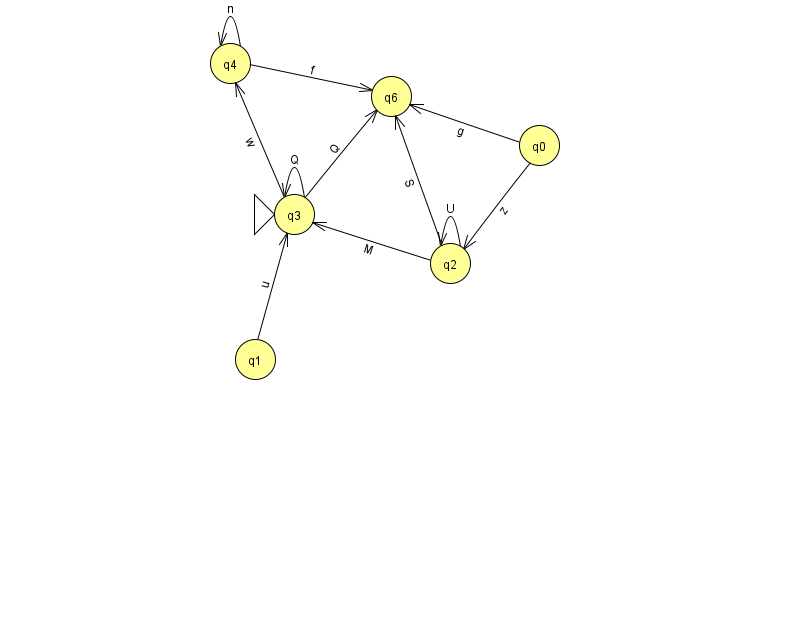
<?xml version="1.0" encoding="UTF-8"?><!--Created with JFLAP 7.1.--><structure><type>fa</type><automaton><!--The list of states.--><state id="0" name="q0"><x>539.0</x><y>132.0</y></state><state id="1" name="q1"><x>255.0</x><y>346.0</y></state><state id="2" name="q2"><x>450.0</x><y>250.0</y></state><state id="3" name="q3"><x>294.0</x><y>201.0</y><initial/></state><state id="4" name="q4"><x>230.0</x><y>50.0</y></state><state id="6" name="q6"><x>391.0</x><y>83.0</y></state><!--The list of transitions.--><transition><from>2</from><to>6</to><read>S</read></transition><transition><from>3</from><to>4</to><read>w</read></transition><transition><from>3</from><to>3</to><read>Q</read></transition><transition><from>2</from><to>3</to><read>M</read></transition><transition><from>0</from><to>6</to><read>g</read></transition><transition><from>2</from><to>2</to><read>U</read></transition><transition><from>0</from><to>2</to><read>z</read></transition><transition><from>1</from><to>3</to><read>u</read></transition><transition><from>3</from><to>6</to><read>Q</read></transition><transition><from>4</from><to>6</to><read>f</read></transition><transition><from>4</from><to>4</to><read>n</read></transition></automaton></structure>